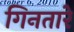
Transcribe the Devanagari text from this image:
गिनतारे